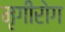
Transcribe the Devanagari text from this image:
मृगीरोग